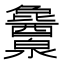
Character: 𬉱